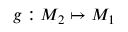
g : M _ { 2 } \mapsto M _ { 1 }